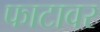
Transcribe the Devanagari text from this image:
फाटावर